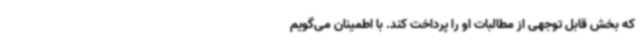
که بخش قابل توجهی از مطالبات او را پرداخت کند. با اطمینان می‌گویم